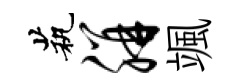
茕胼颯